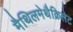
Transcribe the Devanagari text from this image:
मैथिलमेथैक्रिलेट